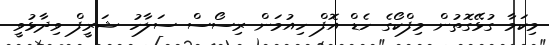
މިކަމާ ގުޅޭގޮތުން މިފްކޯގެ ހެޑް އޮފް ހިއުމަން ރިސޯސް ސަލާހު ޝަރީފް ވިދާޅުވީ